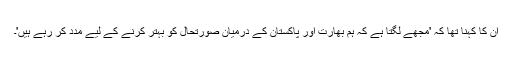
ان کا کہنا تھا کہ 'مجھے لگتا ہے کہ ہم بھارت اور پاکستان کے درمیان صورتحال کو بہتر کرنے کے لیے مدد کر رہے ہیں'۔